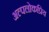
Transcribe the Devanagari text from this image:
अल्पलोकप्रिय